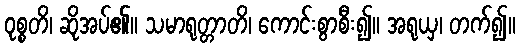
ဝုစ္စတိ၊ ဆိုအပ်၏။ သမာရုတ္တာတိ၊ ကောင်းစွာစီး၍။ အရုယှ၊ တက်၍။